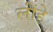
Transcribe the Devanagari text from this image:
लीहे